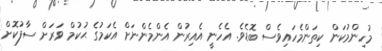
މުހިންމުކަން ކިތަންމެހައިވެސް ބޮޑެވެ. އެހެނީ އެއިރުން އެންމެންނަށް އެކަމުގެ ޙުކުމް ވަރަށް ސާފުކޮށް